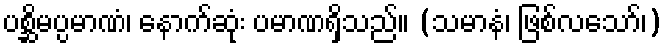
ပစ္ဆိမပ္ပမာဏံ၊ နောက်ဆုံး ပမာဏရှိသည်။ (သမာနံ၊ ဖြစ်လသော်၊)